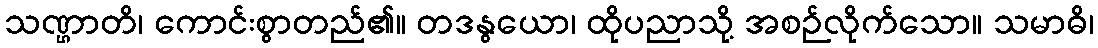
သဏ္ဌာတိ၊ ကောင်းစွာတည်၏။ တဒနွယော၊ ထိုပညာသို့ အစဉ်လိုက်သော။ သမာဓိ၊